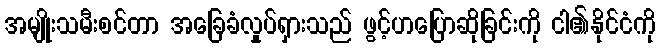
အမျိုးသမီးစင်တာ အခြေခံလှုပ်ရှားသည် ဖွင့်ဟပြောဆိုခြင်းကို ငါ၏နိုင်ငံကို